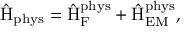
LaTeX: \hat { \mathrm { H } } _ { \mathrm { p h y s } } = \hat { \mathrm { H } } _ { \mathrm { F } } ^ { \mathrm { p h y s } } + \hat { \mathrm { H } } _ { \mathrm { E M } } ^ { \mathrm { p h y s } } ,